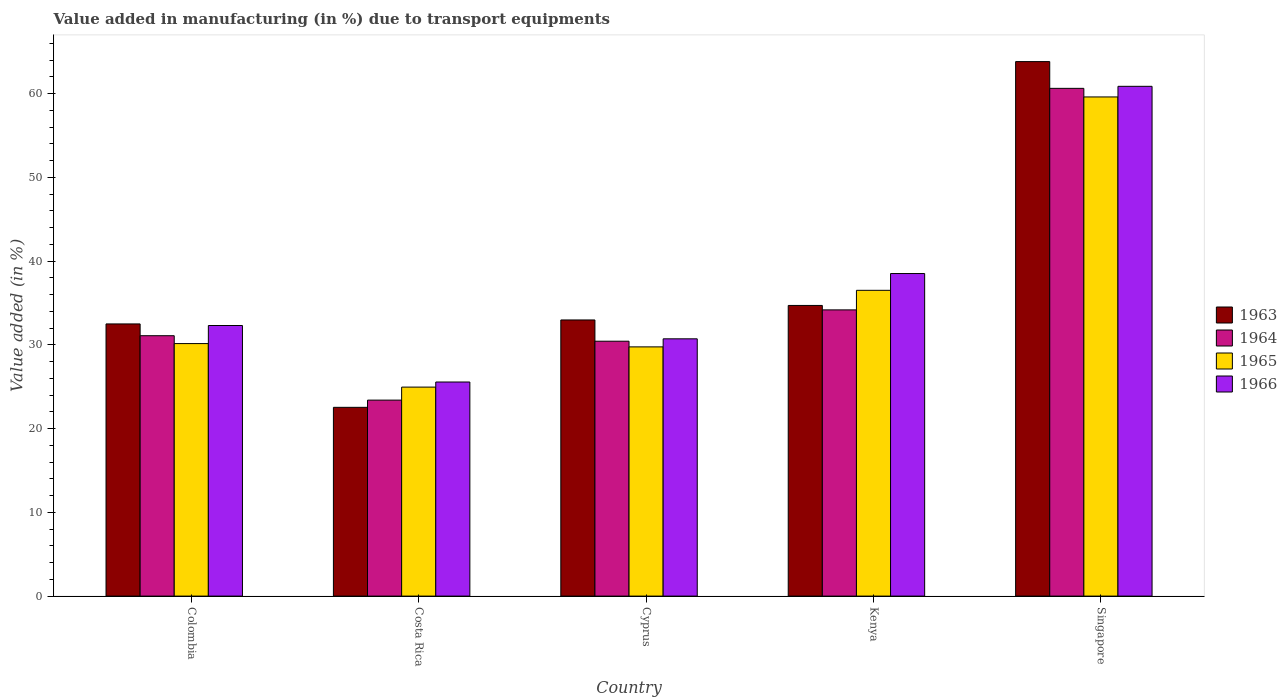
| Country | 1963 | 1964 | 1965 | 1966 |
 | --- | --- | --- | --- | --- |
 | Colombia | 32.5 | 31.1 | 30.1 | 32.3 |
 | Costa Rica | 22.5 | 23.4 | 25 | 25.6 |
 | Cyprus | 33 | 30.4 | 29.8 | 30.7 |
 | Kenya | 34.7 | 34.2 | 36.5 | 38.5 |
 | Singapore | 63.8 | 60.6 | 59.6 | 60.9 |